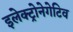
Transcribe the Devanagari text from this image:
इलेक्ट्रोनेगेटिव